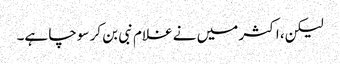
لیکن، اکثر میں نے غلام نبی بن کر سوچا ہے۔